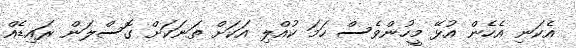
އެކަނި އެހެން އުޅޭ މީހުންވެސް ހަމަ ކުއްލި އަކަށް ތަނަކަށް ގޮސްލަން ރައިޑެއް